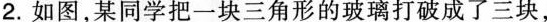
2.如图，某同学把一块三角形的玻璃打破成了三块，